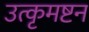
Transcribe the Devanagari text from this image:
उत्कृमष्टन